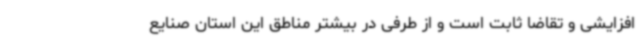
افزایشی و تقاضا ثابت است و از طرفی در بیشتر مناطق این استان صنایع